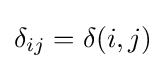
\delta _{ij}=\delta (i,j)